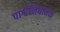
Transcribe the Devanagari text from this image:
पार्श्वनियामक